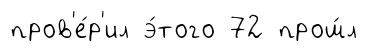
пров'е́р'ил э́того 72 прош́л